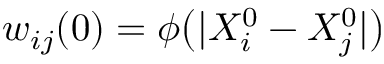
w _ { i j } ( 0 ) = \phi \big ( | X _ { i } ^ { 0 } - X _ { j } ^ { 0 } | \big )